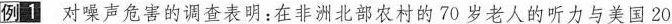
例1 对噪声危害的调查表明：在非洲北部农村的70岁老人的听力与美国20